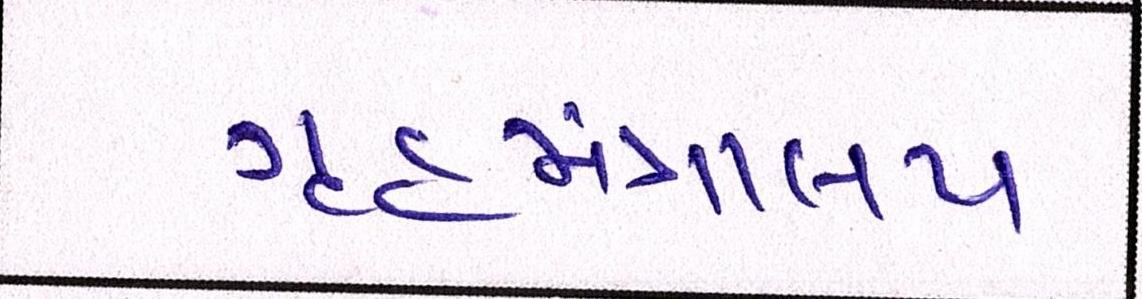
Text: ગૃહમંત્રાલય